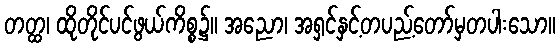
တတ္ထ၊ ထိုတိုင်ပင်ဖွယ်ကိစ္စ၌။ အညော၊ အရှင်နှင့်တပည့်တော်မှတပါးသော။